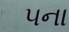
૫ના